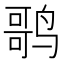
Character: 𬸠